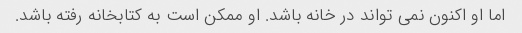
اما او اکنون نمی تواند در خانه باشد. او ممکن است به کتابخانه رفته باشد.